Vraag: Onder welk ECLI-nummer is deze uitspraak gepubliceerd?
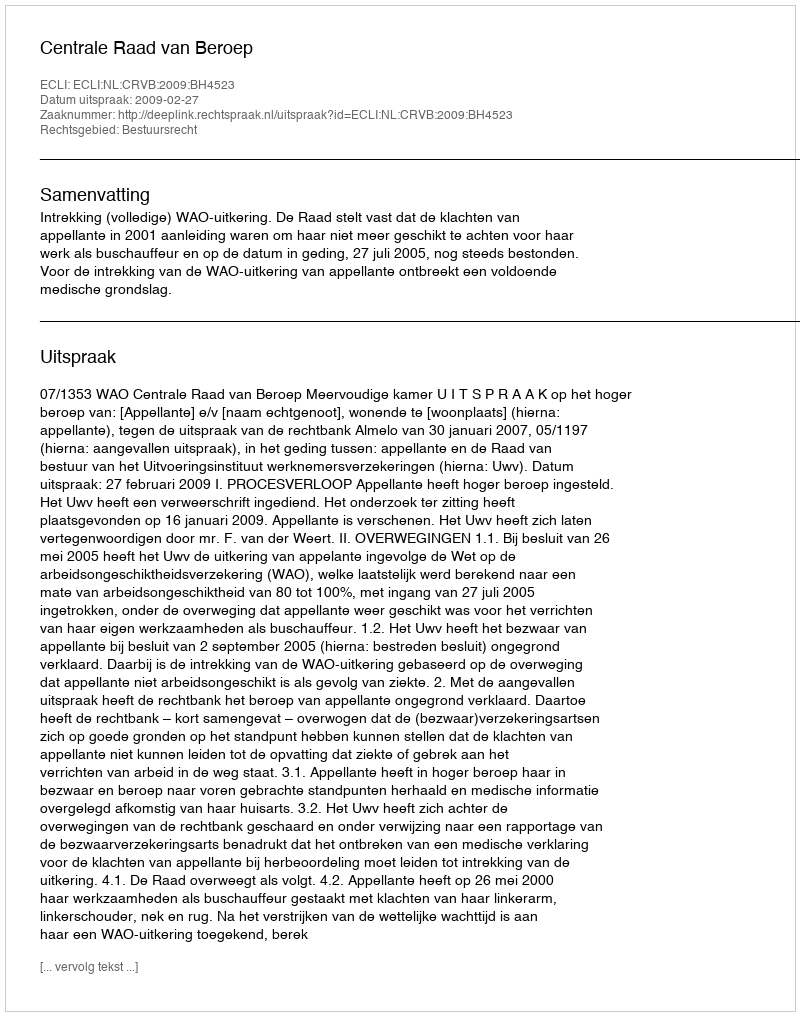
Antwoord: ECLI:NL:CRVB:2009:BH4523